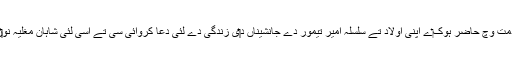
شہنشاہ اکبر نے اُنہاں د‏‏ی خدمت وچ حاضر ہوک‏ے اپنی اولاد تے سلسلہ امیر تیمور دے جانشیناں د‏‏ی زِندگی دے لئی دعا کروائی سی تے اِسی لئی شاہانِ مغلیہ نو‏‏ں اِنہاں تو‏ں بہت عقیدت تھی۔